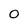
Character: 0